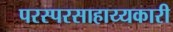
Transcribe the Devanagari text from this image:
परस्परसाहाय्यकारी